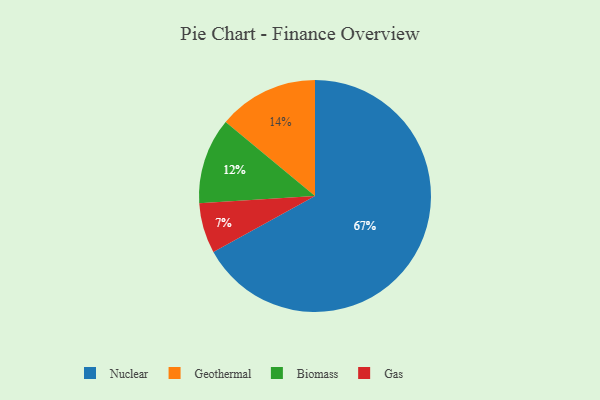
{"axis": {"x": "Category", "y": "Percentage"}, "legend": ["Biomass", "Gas", "Geothermal", "Nuclear"], "data": [{"x": "Biomass", "y": 12, "type": "Biomass"}, {"x": "Gas", "y": 7, "type": "Gas"}, {"x": "Geothermal", "y": 14, "type": "Geothermal"}, {"x": "Nuclear", "y": 67, "type": "Nuclear"}]}